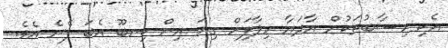
އެކި ހިސާބުތަކުން އާދަޔާ ހިލާފަށް ގިނަ އިން ކިނބޫ އެބަ ފެނެ އެވެ.